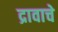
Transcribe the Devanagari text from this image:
द्रावाचे